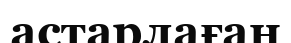
астарлаған